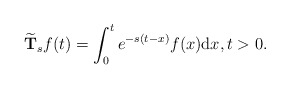
\begin{align*} \widetilde{\textbf{T}}_sf(t)=\int_{0}^{t}e^{-s(t-x)}f(x){\rm d}x, t>0.\end{align*}